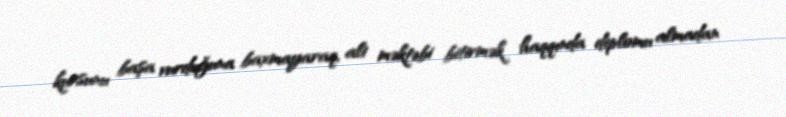
kursunu başa vurduğuna baxmayaraq, ali məktəbi bitirmək haqqında diplomu almadan